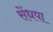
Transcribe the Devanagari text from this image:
सेंधपा